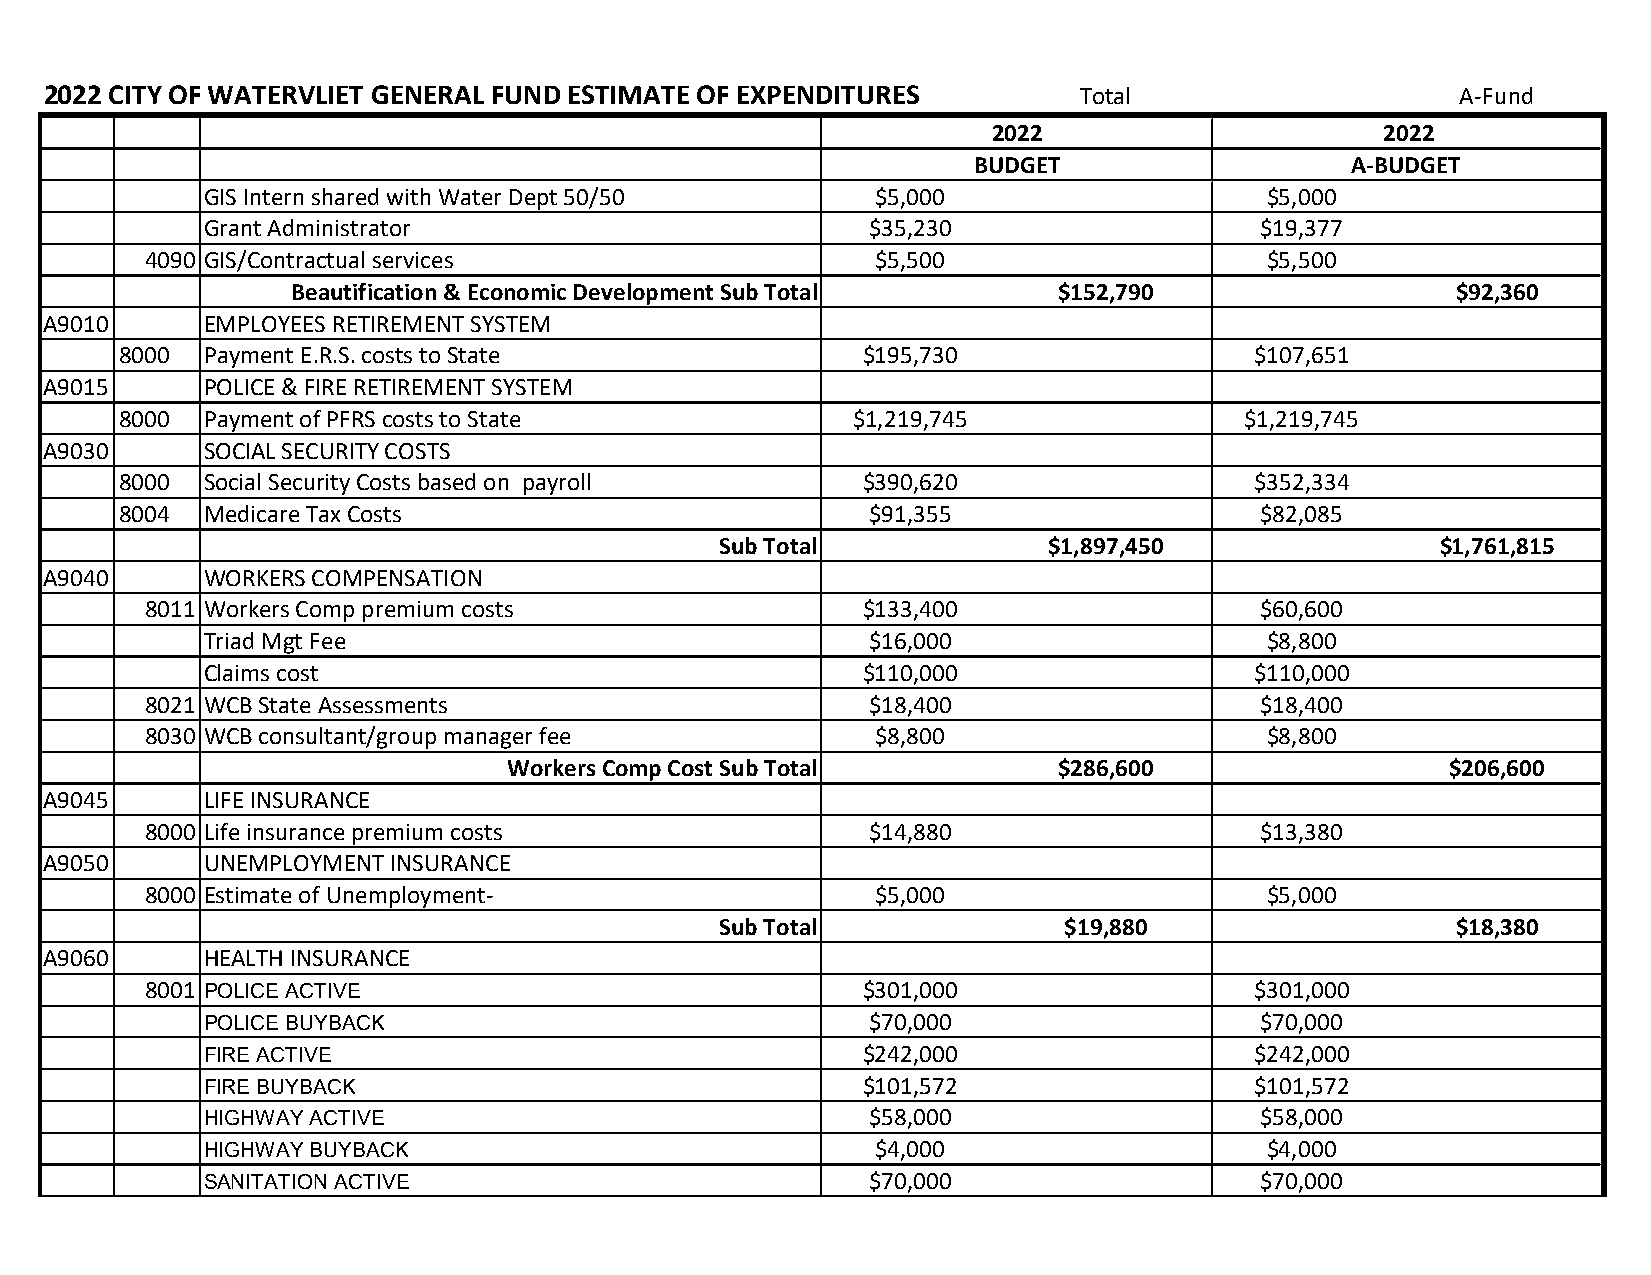
2022 CITY OF WATERVLIET GENERAL FUND ESTIMATE OF EXPENDITURES       Total                     A-Fund
 2022                      2022
 BUDGET                   A-BUDGET
 GIS Intern shared with Water Dept 50/50     $5,000                    $5,000
 Grant Administrator                         $35,230                  $19,377
 4090 GIS/Contractual services                   $5,500                    $5,500
 Beautification & Economic Development Sub Total    $152,790                  $92,360
 A9010      EMPLOYEES RETIREMENT SYSTEM
 8000  Payment E.R.S. costs to State              $195,730                  $107,651
 A9015      POLICE & FIRE RETIREMENT SYSTEM
 8000  Payment of PFRS costs to State            $1,219,745                $1,219,745
 A9030      SOCIAL SECURITY COSTS
 8000  Social Security Costs based on payroll     $390,620                  $352,334
 8004  Medicare Tax Costs                          $91,355                  $82,085
 Sub Total            $1,897,450                $1,761,815
 A9040      WORKERS COMPENSATION
 8011 Workers Comp premium costs                $133,400                  $60,600
 Triad Mgt Fee                               $16,000                   $8,800
 Claims cost                                $110,000                  $110,000
 8021 WCB State Assessments                      $18,400                  $18,400
 8030 WCB consultant/group manager fee           $8,800                    $8,800
 Workers Comp Cost Sub Total         $286,600                  $206,600
 A9045      LIFE INSURANCE
 8000 Life insurance premium costs               $14,880                  $13,380
 A9050      UNEMPLOYMENT INSURANCE
 8000 Estimate of Unemployment-                  $5,000                    $5,000
 Sub Total             $19,880                   $18,380
 A9060      HEALTH INSURANCE
 8001 POLICE ACTIVE                             $301,000                  $301,000
 POLICE BUYBACK                               $70,000                  $70,000
 FIRE ACTIVE                                 $242,000                  $242,000
 FIRE BUYBACK                                $101,572                  $101,572
 HIGHWAY ACTIVE                               $58,000                  $58,000
 HIGHWAY BUYBACK                              $4,000                    $4,000
 SANITATION ACTIVE                            $70,000                  $70,000